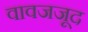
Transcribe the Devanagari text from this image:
वावजजूद